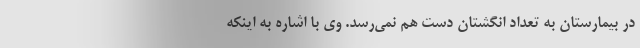
در بیمارستان به تعداد انگشتان دست هم نمی‌رسد. وی با اشاره به اینکه